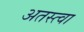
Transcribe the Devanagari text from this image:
अतस्त्वा